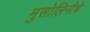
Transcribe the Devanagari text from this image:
मुसोलिनीचे